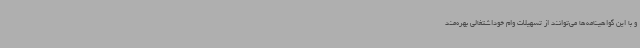
و با این گواهینامه‌ها می‌توانند از تسهیلات وام خوداشتغالی بهره‌مند